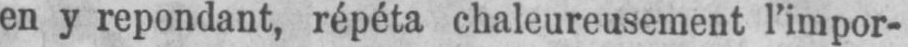
en y repondant, répéta chaleureusement l’impor-